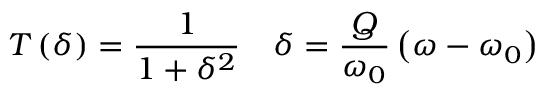
T \left( \delta \right) = \frac { 1 } { 1 + \delta ^ { 2 } } \quad \delta = \frac { Q } { \omega _ { 0 } } \left( \omega - \omega _ { 0 } \right)